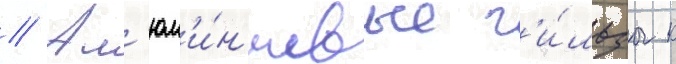
// Ал'юм'и́н'иевые г'и́льзы к